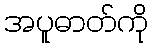
အပူဓာတ်ကို